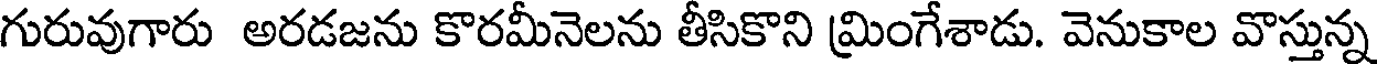
గురువుగారు అరడజను కొరమీనెలను తీసికొని మింగేశాడు. వెనుకాల వొస్తున్న